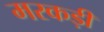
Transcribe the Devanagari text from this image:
मरकड़ी